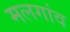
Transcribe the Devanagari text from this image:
मलगांव